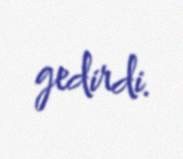
gedirdi.